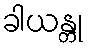
ခါယန္တု